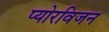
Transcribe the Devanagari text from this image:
प्योरविजन